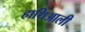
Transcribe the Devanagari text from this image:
हाथिआली